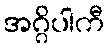
အဂ္ဂိပါကီ